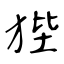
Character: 狴